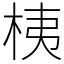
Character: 桋